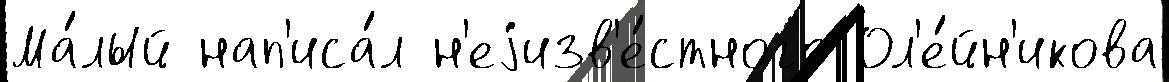
Ма́лый нап'иса́л н'еjизв'е́стного Ол'е́йн'икова